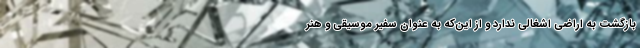
بازگشت به اراضی اشغالی ندارد و از این‌که به عنوان سفیر موسیقی و هنر